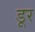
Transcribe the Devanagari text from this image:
डूर